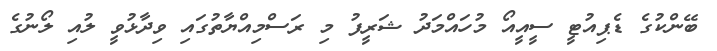
ބޭންކުގެ ޑެޕިއުޓީ ސީއީއޯ މުހައްމަދު ޝަރީފު މި ރަސްމިއްޔާތުގައި ވިދާޅުވީ ލުއި ލޯނުގެ